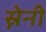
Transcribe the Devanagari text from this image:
स्नेनी